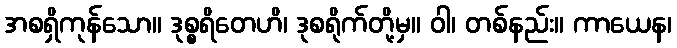
အစရှိကုန်သော။ ဒုစ္စရိတေဟိ၊ ဒုစရိုက်တို့မှ။ ဝါ၊ တစ်နည်း။ ကာယေန၊